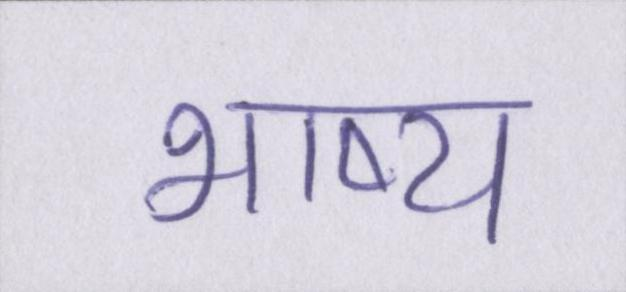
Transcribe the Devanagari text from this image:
भाष्य